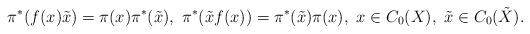
LaTeX: \begin{align*}\pi^*(f(x)\tilde{x})= \pi(x)\pi^*(\tilde{x}), \ \pi^*(\tilde{x} f(x))=\pi^*(\tilde{x}) \pi(x), \ x\in C_0(X), \ \tilde{x} \in C_0(\tilde{X}).\end{align*}